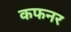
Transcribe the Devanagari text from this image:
कफनर